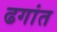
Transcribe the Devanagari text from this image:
ढगांत